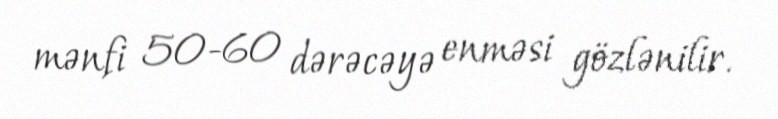
mənfi 50-60 dərəcəyə enməsi gözlənilir.